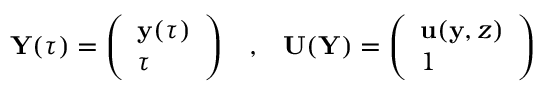
{ \mathbf Y } ( \tau ) = \left( \begin{array} { l } { { \mathbf y } ( \tau ) } \\ { \tau } \end{array} \right) \; \; \; , \; \; \; { \mathbf U } ( { \mathbf Y } ) = \left( \begin{array} { l } { { \mathbf u } ( { \mathbf y } , z ) } \\ { 1 } \end{array} \right)